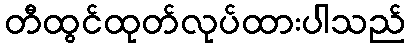
တီထွင်ထုတ်လုပ်ထားပါသည်